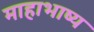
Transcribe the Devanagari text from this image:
माहाभाष्य